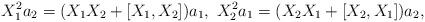
LaTeX: \begin{align*}X_1^2 a_2=(X_1X_2+[X_1,X_2])a_1,\ X_2^2 a_1=(X_2X_1+[X_2,X_1])a_2,\end{align*}